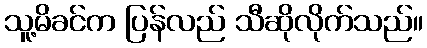
သူ့မိခင်က ပြန်လည် သီဆိုလိုက်သည်။